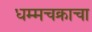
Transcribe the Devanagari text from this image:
धम्मचक्राचा